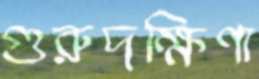
গুরুদক্ষিণা